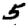
Digit: 5